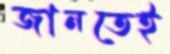
জানতেই